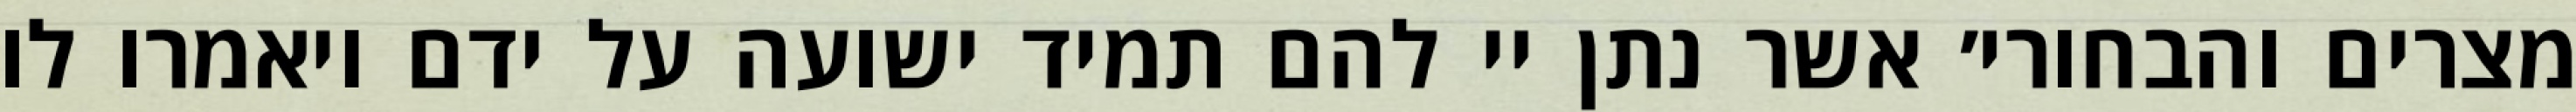
מצרים והבחורי׳ אשר נתן יי להם תמיד ישועה על ידם ויאמרו לו